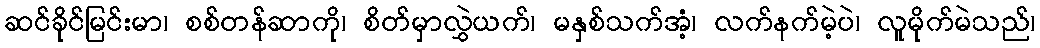
ဆင်ခိုင်မြင်းမာ၊ စစ်တန်ဆာကို၊ စိတ်မှာလွှဲယက်၊ မနှစ်သက်အံ့၊ လက်နက်မဲ့ပဲ၊ လူမိုက်မဲသည်၊